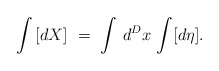
\begin{align*}\int\,[dX]\,\,=\,\,\int\,d^Dx\,\int[d\eta].\end{align*}